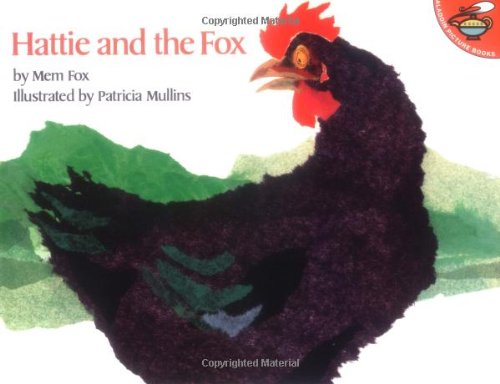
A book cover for Hattie and the Fox; Mem Fox; Children's Books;